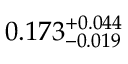
0 . 1 7 3 _ { - 0 . 0 1 9 } ^ { + 0 . 0 4 4 }